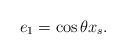
LaTeX: \begin{align*}e_1= \cos \theta x_s.\end{align*}